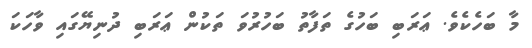
މާ ބަހެކެވެ. ޢަރަބި ބަހުގެ ތަފާތު ބަހުރުވަ ތަކުން ޢަރަބި ދުނިޔޭގައި ވާހަކަ